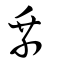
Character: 乘